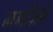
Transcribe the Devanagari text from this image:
मगज़िने